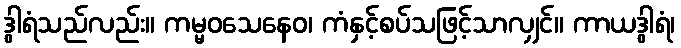
ဒွါရံသည်လည်း။ ကမ္မဝသေနေဝ၊ ကံနှင့်စပ်သဖြင့်သာလျှင်။ ကာယဒွါရံ၊